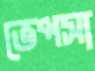
ভেপসা